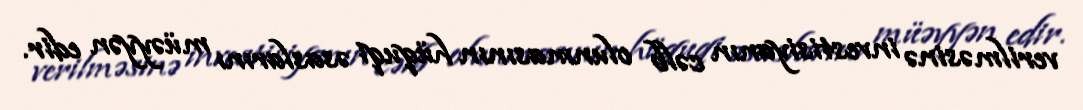
verilməsinə investisiyanın cəlb olunmasının hüquqi əsaslarını müəyyən edir.